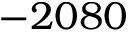
- 2 0 8 0